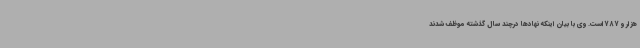
هزار و 787است. وی با بیان اینکه نهادها درچند سال گذشته موظف شدند